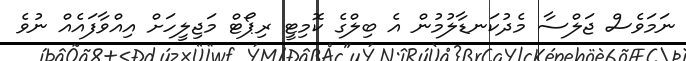
ނަމަވެސް ޖަލްސާ މެދުކަނޑާލުމުން އެ ބިލްގެ ކޮމިޓީ ރިޕޯޓް މަޖިލީހަށް އިއްވާފައެއް ނުވެ